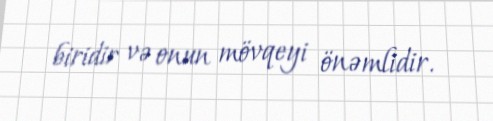
biridir və onun mövqeyi önəmlidir.